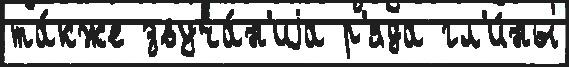
та́кже звуча́н'иjа р'яда гл'и́ны